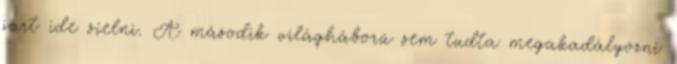
járt ide síelni. A második világháború sem tudta megakadályozni